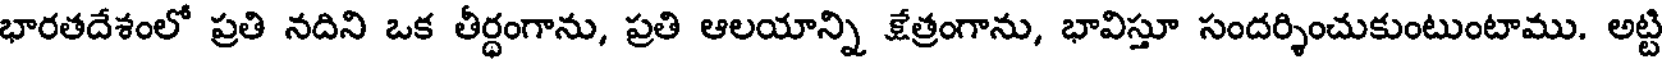
భారతదేశంలో ప్రతి నదిని ఒక తీర్ధంగాను, ప్రతి ఆలయాన్ని క్షేత్రంగాను, భావిస్తూ సందర్శించుకుంటుంటాము. అట్టి